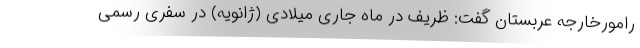
رامورخارجه عربستان گفت: ظریف در ماه جاری میلادی (ژانویه) در سفری رسمی